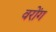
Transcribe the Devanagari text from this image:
वरोंग